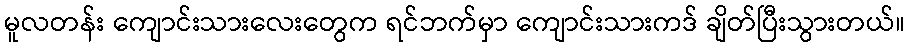
မူလတန်း ကျောင်းသားလေးတွေက ရင်ဘက်မှာ ကျောင်းသားကဒ် ချိတ်ပြီးသွားတယ်။